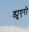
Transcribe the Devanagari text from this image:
ड्यूएरो